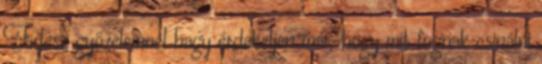
Fidesz győzelemnél hagy érdekeljen már, hogy mit fognak csinálni